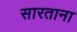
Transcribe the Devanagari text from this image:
सारताना